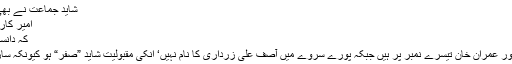
شاید جماعت نے بھی بھانپا ہو‘ بہرحال بقول شاعر....
امیر کارواں رہنے کا اتنا شوق ہے اس کو
کہ دانستہ بھی تکمیل سفر ہونے نہیں دیتا
میاں شہباز شریف دوسرے نمبر اور عمران خان تیسرے نمبر پر ہیں جبکہ پورے سروے میں آصف علی زرداری کا نام نہیں‘ انکی مقبولیت شاید ”صفر“ ہو کیونکہ ساری خرابیوں کی جڑ تو وہ ہی ہیں۔